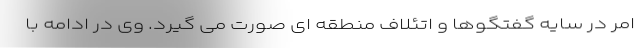
امر در سایه گفتگوها و اتئلاف منطقه ای صورت می گیرد. وی در ادامه با